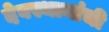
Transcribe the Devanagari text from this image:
देवस्थानांची